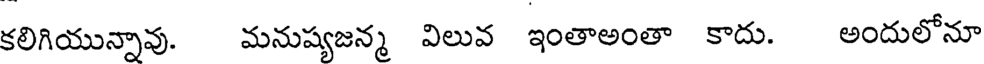
కలిగియున్నావు. మనుష్యజన్మ విలువ ఇంతాఅంతా కాదు. అందులోనూ